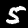
Digit: 5